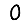
Digit: 0